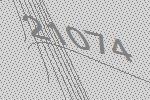
21074